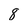
Character: 8